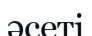
әсеті